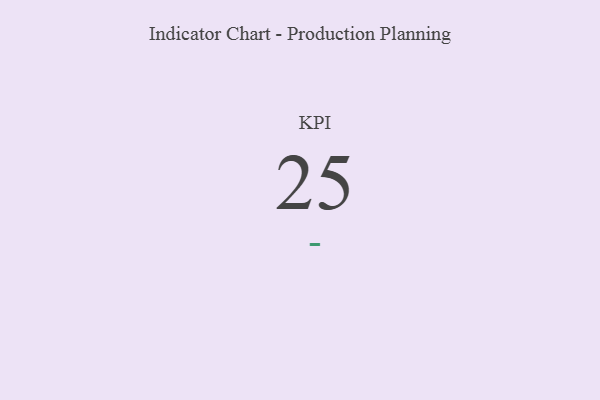
{"axis": {"x": "KPI", "y": "Value"}, "legend": [""], "data": [{"x": "KPI", "y": 25, "type": ""}]}